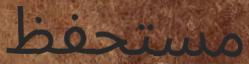
مستحفظ